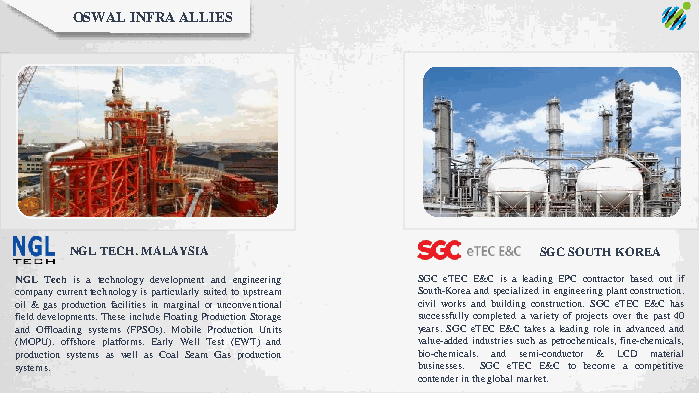
OSWAL INFRA ALLIES
 NGL TECH. MALAYSIA             SGC SOUTH KOREA
 NGL Techis a technologydevelopment and engineering SGCeTECE&CisaleadingEPCcontractorbasedoutif
 companycurrenttechnologyisparticularlysuitedtoupstream South-Koreaandspecializedinengineeringplantconstruction,
 oil&gasproductionfacilitiesinmarginalorunconventional civilworksandbuildingconstruction.SGCeTECE&Chas
 fielddevelopments.TheseincludeFloatingProductionStorage successfullycompletedavarietyofprojectsoverthepast40
 andOffloadingsystems(FPSOs),MobileProduction Units years.SGCeTECE&Ctakesaleadingroleinadvancedand
 (MOPU), offshore platforms,EarlyWell Test (EWT)and value-addedindustriessuchaspetrochemicals,fine-chemicals,
 production systemsaswellasCoalSeamGasproduction bio-chemicals, and semi-conductor & LCD material
 systems.                   businesses. SGC eTEC E&C to become a competitive
 contenderintheglobalmarket.